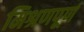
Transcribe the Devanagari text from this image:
मिश्रणपूर्ण